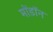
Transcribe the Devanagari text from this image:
मोंडॉन